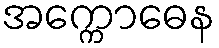
အက္ကောဓေန